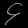
Digit: ၄